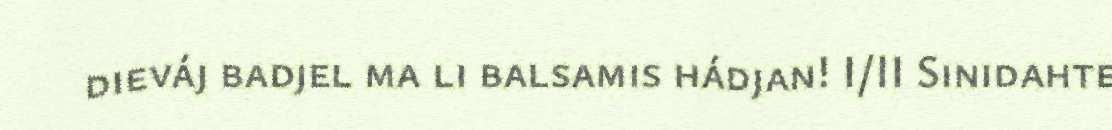
dieváj badjel ma li balsamis hádjan! I/II Sinidahte